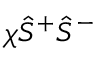
\chi \hat { S } ^ { + } \hat { S } ^ { - }